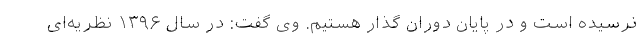
نرسیده است و در پایان دوران گذار هستیم. وی گفت: در سال ۱۳۹۶ نظریه‌ای